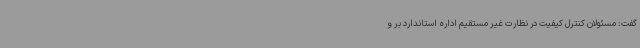
گفت: مسئولان کنترل کیفیت در نظارت غیر مستقیم اداره استاندارد بر و